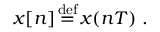
x [ n ] { \stackrel { \mathrm { d e f } } { { } = { } } } x ( n T ) ~ .